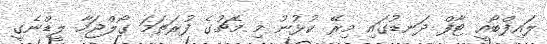
ލައިފްބޯއީ ޓާފް ދަނޑުގައި މިރޭ ކުޅުނު މި މެޗުގެ ފުރަތަމަ ގޯލްޖަހާ ލީޑްނެގީ